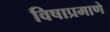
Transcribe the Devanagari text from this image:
विषाप्रमाणे